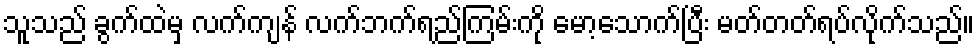
သူသည် ခွက်ထဲမှ လက်ကျန် လက်ဘက်ရည်ကြမ်းကို မော့သောက်ပြီး မတ်တတ်ရပ်လိုက်သည်။